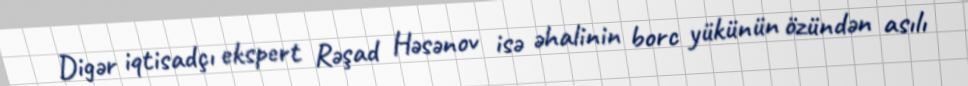
Digər iqtisadçı ekspert Rəşad Həsənov isə əhalinin borc yükünün özündən asılı